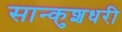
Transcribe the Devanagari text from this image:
सान्कुशधरी